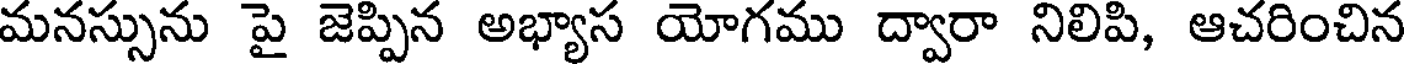
మనస్సును పై జెప్పిన అభ్యాస యోగము ద్వారా నిలిపి, ఆచరించిన